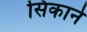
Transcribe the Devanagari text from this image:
सिकाने